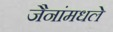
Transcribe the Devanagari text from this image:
जैनांमधले